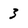
Character: 3